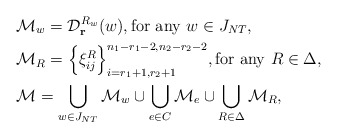
\begin{align*}&{\cal M}_w={\cal D}_{\bf r}^{R_w}(w),\hbox{for any}\,\,w\in J_{NT},\\ &{\cal M}_R=\Big\{\xi_{ij}^R\Big\}_{i=r_1+1,r_2+1}^{n_1-r_1-2,n_2-r_2-2},\hbox{for any}\,\,R\in \Delta,\\ &{\cal M}=\bigcup_{w\in J_{NT}}{\cal M}_w\cup\bigcup_{e\in C}{\cal M}_e\cup \bigcup_{R\in \Delta}{\cal M}_R, \end{align*}